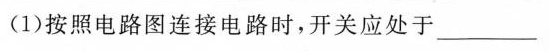
(1)按照电路图连接电路时，开关应处于___